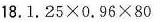
18. $$1 . 2 5 \times 0 . 9 6 \times 8 0$$